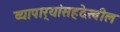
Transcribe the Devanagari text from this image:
व्यापार्‍यांसहदेखील